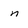
Character: n